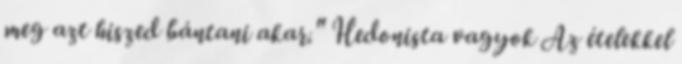
meg azt hiszed bántani akar." Hedonista vagyok Az ételekkel